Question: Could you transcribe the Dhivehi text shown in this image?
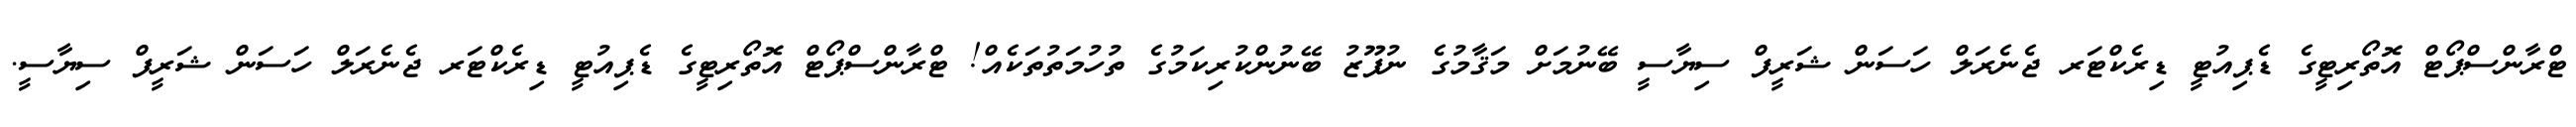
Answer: ޓްރާންސްޕޯޓް އޮތޯރިޓީގެ ޑެޕިއުޓީ ޑިރެކްޓަރ ޖެނެރަލް ހަސަން ޝަރީފް ސިޔާސީ ބޭނުމަށް މަޤާމުގެ ނުފޫޒު ބޭނުންކުރިކަމުގެ ތުހުމަތުތަކެއް! ޓްރާންސްޕޯޓް އޮތޯރިޓީގެ ޑެޕިއުޓީ ޑިރެކްޓަރ ޖެނެރަލް ހަސަން ޝަރީފް ސިޔާސީ.